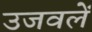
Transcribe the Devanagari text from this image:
उजवलें